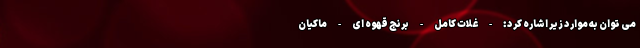
می توان به موارد زیر اشاره کرد: - غلات کامل - برنج قهوه ای - ماکیان